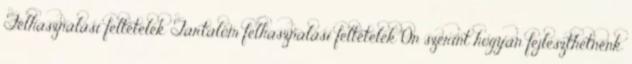
Felhasználási feltételek Tartalom felhasználási feltételek Ön szerint hogyan fejleszthetnénk